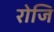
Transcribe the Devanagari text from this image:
रोजि